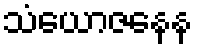
သံယောဇနေန